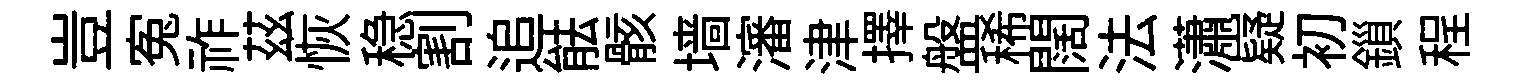
豈寃祚茲恢稳割追䏻骸墙瀋津擇盤稀闊法瀟嶷初鎻程